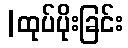
|ထုပ်ပိုးခြင်း